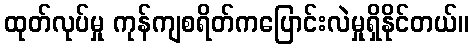
ထုတ်လုပ်မှု ကုန်ကျစရိတ်ကပြောင်းလဲမှုရှိနိုင်တယ်။